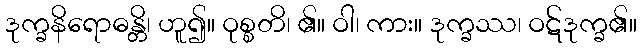
ဒုက္ခနိရောဓန္တိ၊ ဟူ၍။ ဝုစ္စတိ၊ ၏။ ဝါ၊ ကား။ ဒုက္ခဿ၊ ဝဋ်ဒုက္ခ၏။